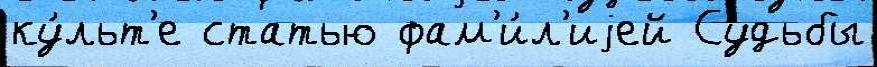
ку́льт'е статью фам'и́л'иjей Судьбы